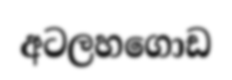
අටලහගොඩ